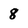
Character: 8